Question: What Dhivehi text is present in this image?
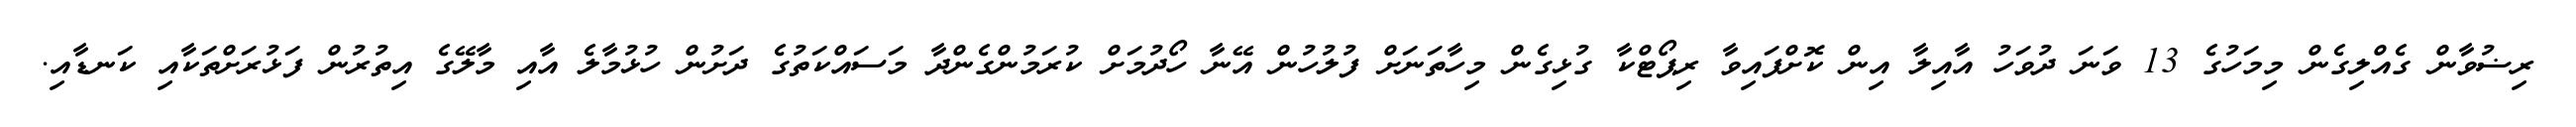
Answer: ރިޟުވާން ގެއްލިގެން މިމަހުގެ 13 ވަނަ ދުވަހު އާއިލާ އިން ކޮށްފައިވާ ރިޕޯޓްކާ ގުޅިގެން މިހާތަނަށް ފުލުހުން އޭނާ ހޯދުމަށް ކުރަމުންގެންދާ މަސައްކަތުގެ ދަށުން ހުޅުމާލެ އާއި މާލޭގެ އިތުރުން ފަޅުރަށްތަކާއި ކަނޑާއި.